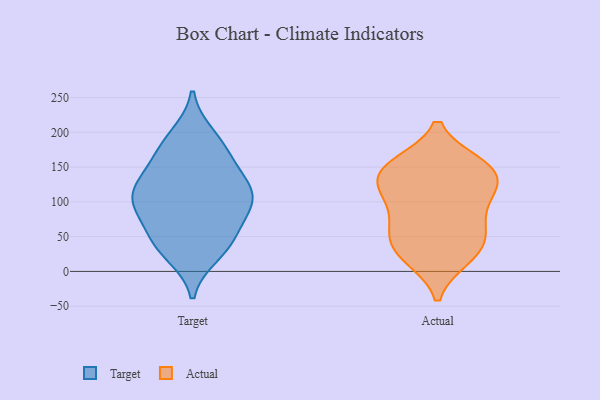
{"axis": {"x": "Churn Rate (%)", "y": "Value"}, "legend": ["Actual", "Target"], "data": [{"x": "", "y": 43, "type": "Target"}, {"x": "", "y": 176, "type": "Target"}, {"x": "", "y": 94, "type": "Target"}, {"x": "", "y": 128, "type": "Target"}, {"x": "", "y": 104, "type": "Target"}, {"x": "", "y": 89, "type": "Target"}, {"x": "", "y": 101, "type": "Target"}, {"x": "", "y": 194, "type": "Target"}, {"x": "", "y": 41, "type": "Target"}, {"x": "", "y": 142, "type": "Target"}, {"x": "", "y": 176, "type": "Target"}, {"x": "", "y": 128, "type": "Target"}, {"x": "", "y": 47, "type": "Target"}, {"x": "", "y": 26, "type": "Target"}, {"x": "", "y": 102, "type": "Target"}, {"x": "", "y": 107, "type": "Actual"}, {"x": "", "y": 137, "type": "Actual"}, {"x": "", "y": 53, "type": "Actual"}, {"x": "", "y": 27, "type": "Actual"}, {"x": "", "y": 19, "type": "Actual"}, {"x": "", "y": 126, "type": "Actual"}, {"x": "", "y": 153, "type": "Actual"}, {"x": "", "y": 144, "type": "Actual"}, {"x": "", "y": 73, "type": "Actual"}, {"x": "", "y": 21, "type": "Actual"}, {"x": "", "y": 50, "type": "Actual"}, {"x": "", "y": 105, "type": "Actual"}, {"x": "", "y": 115, "type": "Actual"}, {"x": "", "y": 62, "type": "Actual"}, {"x": "", "y": 154, "type": "Actual"}, {"x": "", "y": 154, "type": "Actual"}]}